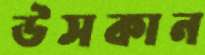
উসকান